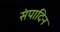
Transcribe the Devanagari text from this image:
संपादिन